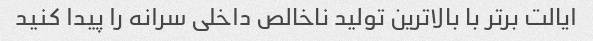
ایالت برتر با بالاترین تولید ناخالص داخلی سرانه را پیدا کنید